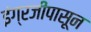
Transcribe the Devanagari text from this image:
इंग्रजीपासून